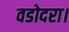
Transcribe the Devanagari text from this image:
वडोदरा।